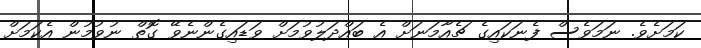
ކަމަށެވެ. ނަމަވެސް ފެނަކައިގެ ޗެއާމަނަށް އެ ބައްދަލުވުމަށް ވަޑައިގެންނެވޭ ގޮތް ނުވުމުން އެކަމަށް